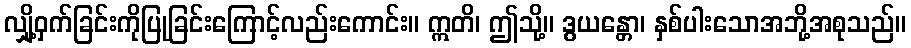
လျှို့ဝှက်ခြင်းကိုပြုခြင်းကြောင့်လည်းကောင်း။ ဣတိ၊ ဤသို့။ ဒွယန္တော၊ နှစ်ပါးသောအဘို့အစုသည်။